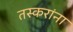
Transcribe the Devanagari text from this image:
तस्करांना